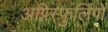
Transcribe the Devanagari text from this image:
अग्निस्फुलिंगों